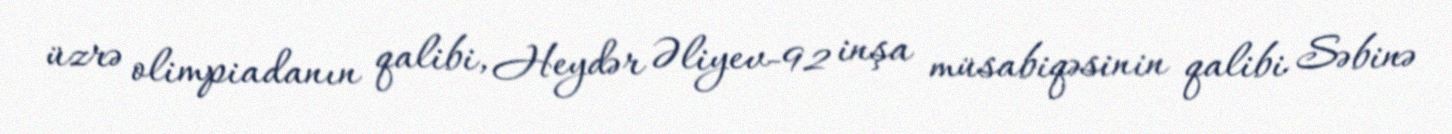
üzrə olimpiadanın qalibi, Heydər Əliyev-92 inşa müsabiqəsinin qalibi Səbinə